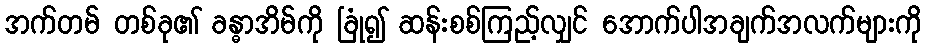
အက်တမ် တစ်ခု၏ ခန္ဓာအိမ်ကို ခြုံ၍ ဆန်းစစ်ကြည့်လျှင် အောက်ပါအချက်အလက်များကို